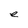
Character: e